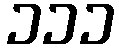
၁၁၁